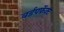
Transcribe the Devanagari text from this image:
वर्डपर्फेक्ट